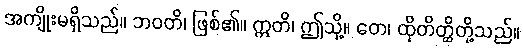
အကျိုးမရှိသည်။ ဘဝတိ၊ ဖြစ်၏။ ဣတိ၊ ဤသို့။ တေ၊ ထိုတိတ္ထိတို့သည်။